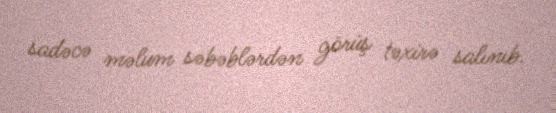
sadəcə məlum səbəblərdən görüş təxirə salınıb.